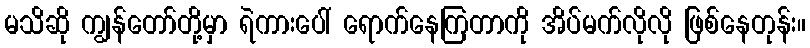
မသိဆို ကျွန်တော်တို့မှာ ရဲကားပေါ် ရောက်နေကြတာကို အိပ်မက်လိုလို ဖြစ်နေတုန်း။